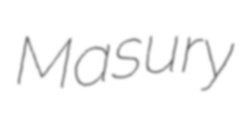
Masury